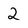
Character: 2